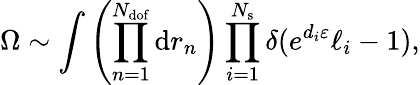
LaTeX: \Omega\sim\int{\left(\prod_{n=1}^{N_{\mathrm{dof}}}{\mathrm{d}r_{n}}\right)\prod_{i=1}^{N_{\mathrm{s}}}{\delta(e^{d_{i}\varepsilon}\ell_{i}-1)}},